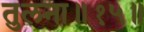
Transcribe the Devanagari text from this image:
तुलना॥१५॥